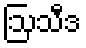
ဩသီဒ